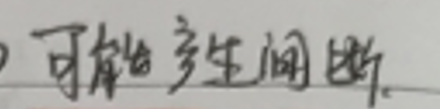
可能产生短路。